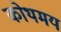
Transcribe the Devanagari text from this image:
कोथमय